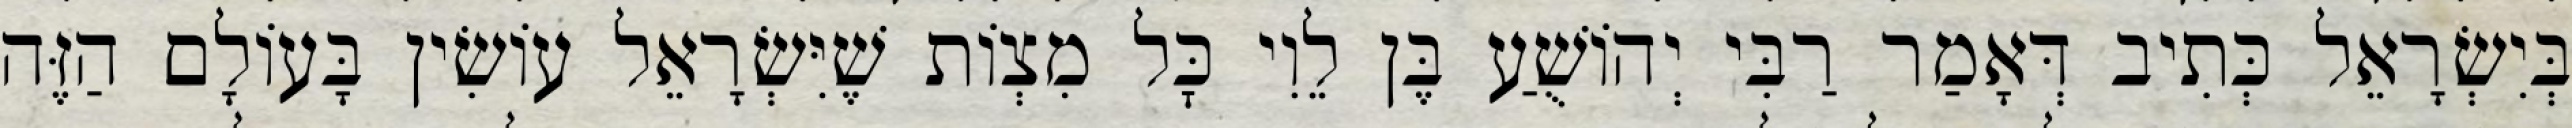
בְּיִשְׂרָאֵל כְּתִיב דְּאָמַר רַבִּי יְהוֹשֻׁעַ בֶּן לֵוִי כׇּל מִצְוֹת שֶׁיִּשְׂרָאֵל עוֹשִׂין בָּעוֹלָם הַזֶּה